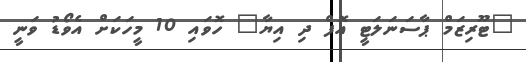
"ޓޫރިޒަމް ޕާސަނަލަޓީ އޮފް ދި އިޔާ" ހޮވައި 10 މީހަކަށް އެވޯޑު ވަނީ